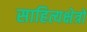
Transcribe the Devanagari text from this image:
साहित्यक्षेत्रों